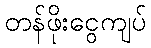
တန်ဖိုးငွေကျပ်